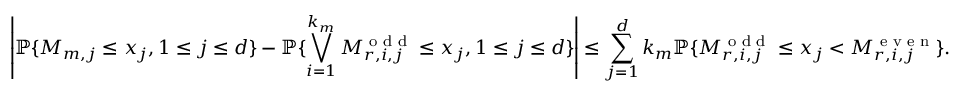
\left| \mathbb { P } \{ M _ { m , j } \leq x _ { j } , 1 \leq j \leq d \} - \mathbb { P } \{ \bigvee _ { i = 1 } ^ { k _ { m } } M _ { r , i , j } ^ { \textrm { o d d } } \leq x _ { j } , 1 \leq j \leq d \} \right| \leq \sum _ { j = 1 } ^ { d } k _ { m } \mathbb { P } \{ M _ { r , i , j } ^ { \textrm { o d d } } \leq x _ { j } < M _ { r , i , j } ^ { \textrm { e v e n } } \} .